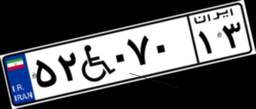
۵۲W۰۷۰۱۳